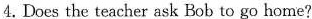
4.Does the teacher ask Bob to go home?